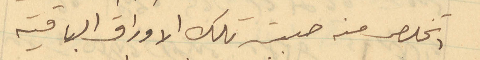
اتخلص منه صبت تلك الاوراق الباقية